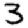
Digit: 3